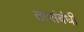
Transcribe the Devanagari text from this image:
तत्संबंधीं